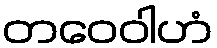
တဝေဝါဟံ